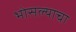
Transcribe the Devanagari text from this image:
भोसल्याचा